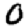
Digit: 0